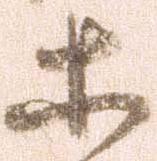
等